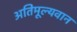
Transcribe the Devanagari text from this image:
अतिमूल्यवान